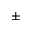
\pm